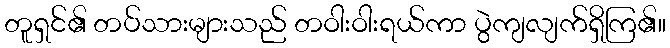
တူရှင်၏ တပ်သားများသည် တဝါးဝါးရယ်ကာ ပွဲကျလျက်ရှိကြ၏။